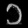
Digit: ၁